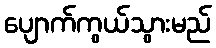
ပျောက်ကွယ်သွားမည်